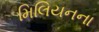
મિલિયનના